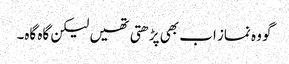
گو وہ نماز اب بھی پڑھتی تھیں لیکن گاہ گاہ۔